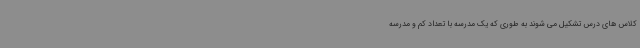
کلاس های درس تشکیل می شوند به طوری که یک مدرسه با تعداد کم و مدرسه